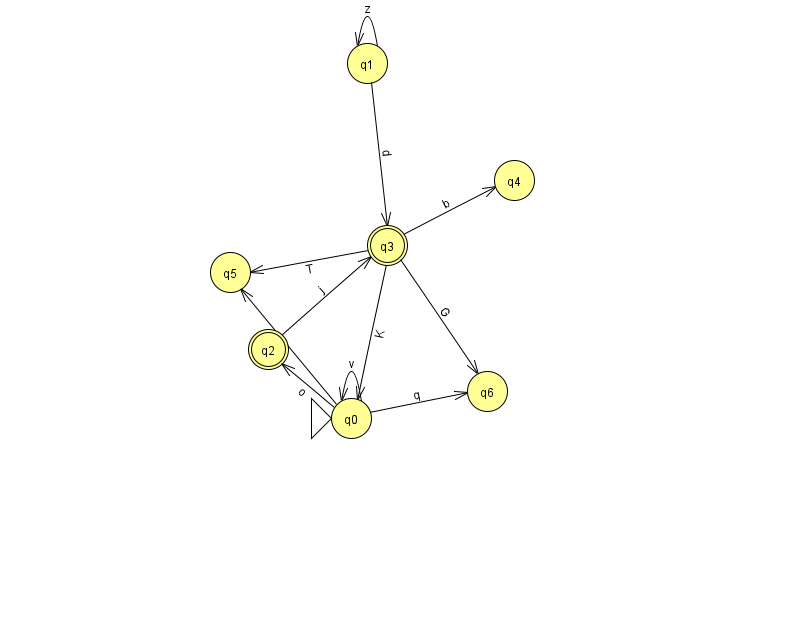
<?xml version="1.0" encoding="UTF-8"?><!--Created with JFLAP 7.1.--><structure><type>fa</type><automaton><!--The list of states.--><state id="0" name="q0"><x>351.0</x><y>405.0</y><initial/></state><state id="1" name="q1"><x>367.0</x><y>50.0</y></state><state id="2" name="q2"><x>268.0</x><y>336.0</y><final/></state><state id="3" name="q3"><x>387.0</x><y>232.0</y><final/></state><state id="4" name="q4"><x>514.0</x><y>167.0</y></state><state id="5" name="q5"><x>230.0</x><y>259.0</y></state><state id="6" name="q6"><x>487.0</x><y>378.0</y></state><!--The list of transitions.--><transition><from>3</from><to>4</to><read>b</read></transition><transition><from>3</from><to>6</to><read>G</read></transition><transition><from>1</from><to>3</to><read>d</read></transition><transition><from>0</from><to>6</to><read>q</read></transition><transition><from>0</from><to>0</to><read>v</read></transition><transition><from>2</from><to>3</to><read>j</read></transition><transition><from>0</from><to>5</to><read>q</read></transition><transition><from>1</from><to>1</to><read>z</read></transition><transition><from>3</from><to>0</to><read>K</read></transition><transition><from>0</from><to>2</to><read>o</read></transition><transition><from>3</from><to>5</to><read>T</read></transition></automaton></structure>